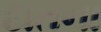
દાતના